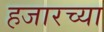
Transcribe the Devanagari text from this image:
हजारच्या